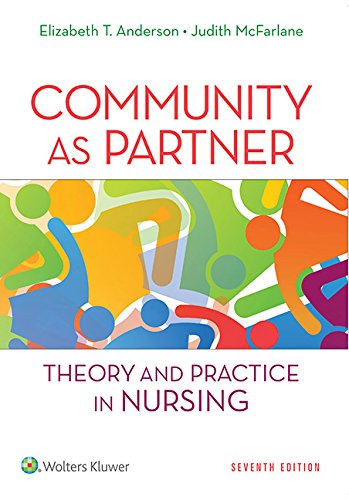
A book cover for Community as Partner: Theory and Practice in Nursing (Anderson, Community as Partner); Elizabeth T. Anderson DrPH  RN  FAAN; Medical Books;